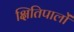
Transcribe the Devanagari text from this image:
क्षितिपालों